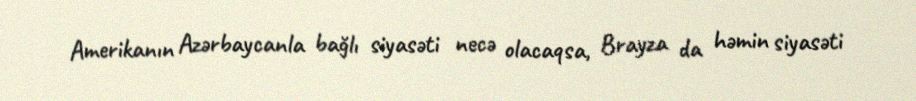
Amerikanın Azərbaycanla bağlı siyasəti necə olacaqsa, Brayza da həmin siyasəti